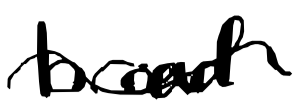
Text: broad
Cross-out: wave
Writing tool: digital_black